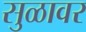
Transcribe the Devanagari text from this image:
सुळावर